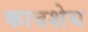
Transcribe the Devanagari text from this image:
कावशेय